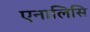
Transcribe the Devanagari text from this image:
एनालिसि